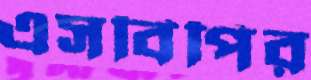
এসবিপির